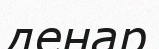
денар